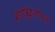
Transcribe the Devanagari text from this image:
बोएरेंब्रुइलोफ़्त